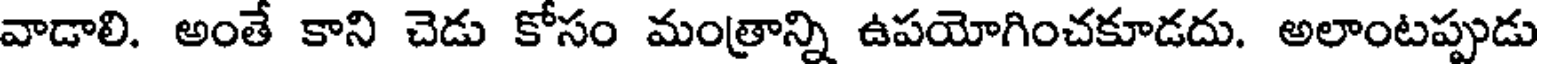
వాడాలి. అంతే కాని చెడు కోసం మంత్రాన్ని ఉపయోగించకూడదు. అలాంటప్పుడు